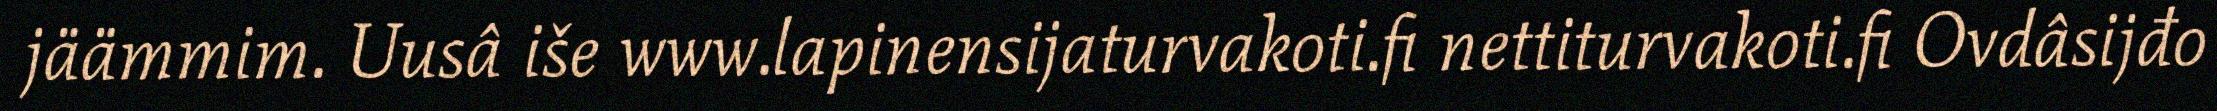
jäämmim. Uusâ iše www.lapinensijaturvakoti.fi nettiturvakoti.fi Ovdâsijđo